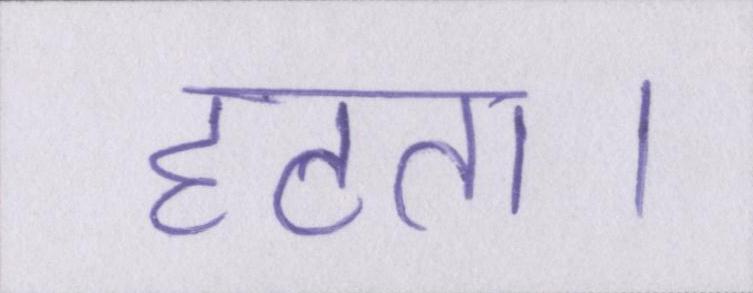
हटता।